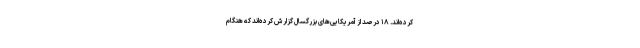
کرده‌اند. ۱۸ درصد از آمریکایی‌های بزرگسال گزارش کرده‌اند که هنگام